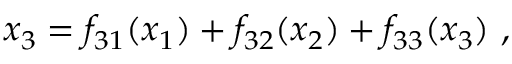
x _ { 3 } = f _ { 3 1 } ( x _ { 1 } ) + f _ { 3 2 } ( x _ { 2 } ) + f _ { 3 3 } ( x _ { 3 } ) \ ,